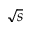
\sqrt { s }